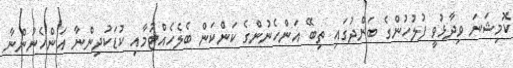
ކޮމިޝަނަ ވިދާޅުވީ ފުލުހުންގެ ބަންދުގައި ތިބޭ އަންހެނުންގެ ކަންކަން ބެލެހެއްޓުމާއި ކުޑަކުދިންނާ އަންހެނުންނާ